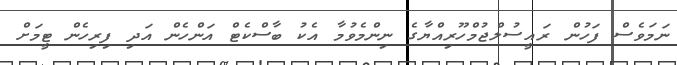
ނަމަވެސް ފަހުން ރައީސުލްޖުމްހޫރިއްޔާގެ ނިންމެވުމާ އެކު ބާސްކެޓް އަންހެން އަދި ފިރިހެން ޓީމަށް